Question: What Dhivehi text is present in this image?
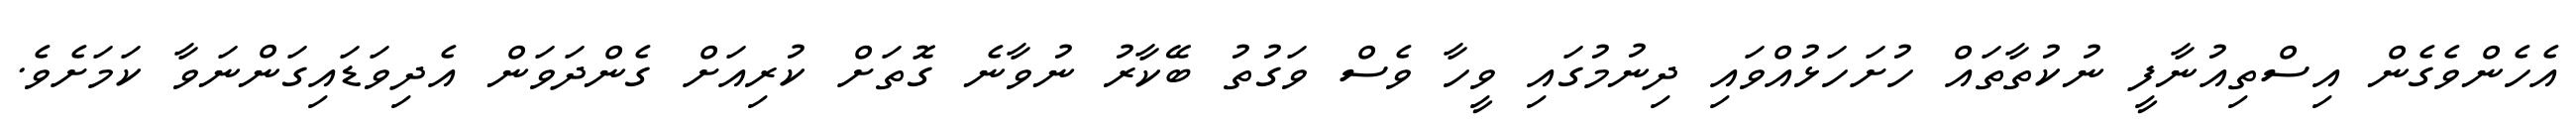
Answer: އެހެންވެގެން އިސްތިއުނާފީ ނުކުތާތައް ހުށަހަޅުއްވައި ދިނުމުގައި ވީހާ ވެސް ވަގުތު ބޭކާރު ނުވާނެ ގޮތަށް ކުރިއަށް ގެންދަވަން އެދިވަޑައިގަންނަވާ ކަމަށެވެ.